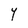
Character: Y